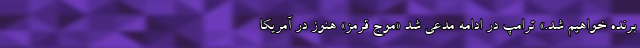
برنده خواهیم شد.» ترامپ در ادامه مدعی شد «موج قرمز» هنوز در آمریکا